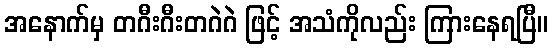
အနောက်မှ တဂီးဂီးတဂဲဂဲ ဖြင့် အသံကိုလည်း ကြားနေရပြီ။